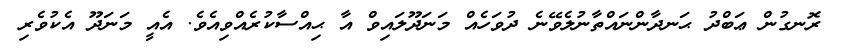
ރޮނގުން ޢަބްދު ޙަނދާންނައްތާނުލެވޭނެ ދުވަހެއް މަނަދޫލައިވް އާ ޙިއްސާކުރެއްވިއެވެ. އެއީ މަނަދޫ އެކުވެރި